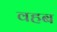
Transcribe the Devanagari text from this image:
वहब